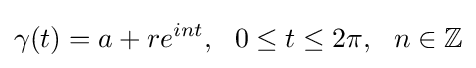
\gamma (t)=a+re^{int},\ \ 0\leq t\leq 2\pi ,\ \ n\in \mathbb {Z}